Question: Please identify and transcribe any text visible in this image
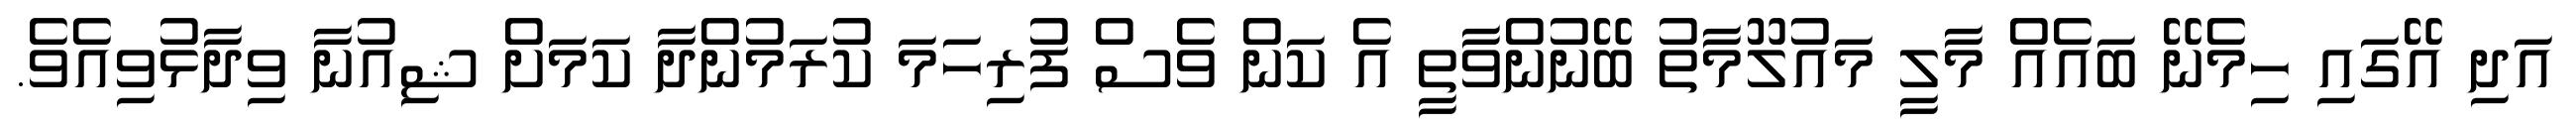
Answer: އަދި އޭގައި ހިމެނޭ ބައެއް މާލީ މައުލޫމާތު ބޭނުންވާތީ އެ ކަން ވެސް ފުރިހަމަ ކުރަމުންދާ ކަމަށް ޝިއުނާ ވިދާޅުވިއެވެ.